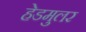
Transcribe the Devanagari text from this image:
हेडमुलर